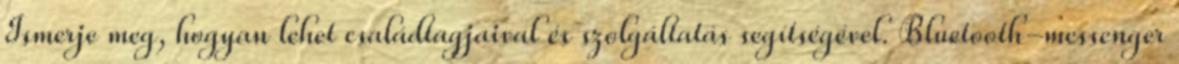
Ismerje meg, hogyan lehet családtagjaival és szolgáltatás segítségével. Bluetooth-messenger